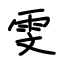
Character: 雯